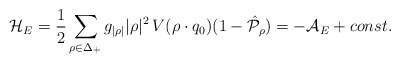
\begin{align*}{\cal H}_E={1\over2}\sum_{\rho\in\Delta_{+}}g_{|\rho|}|\rho|^2\,V (\rho\cdot q_0)(1-\hat{\cal P}_\rho)=-{\cal A}_E + const.\end{align*}